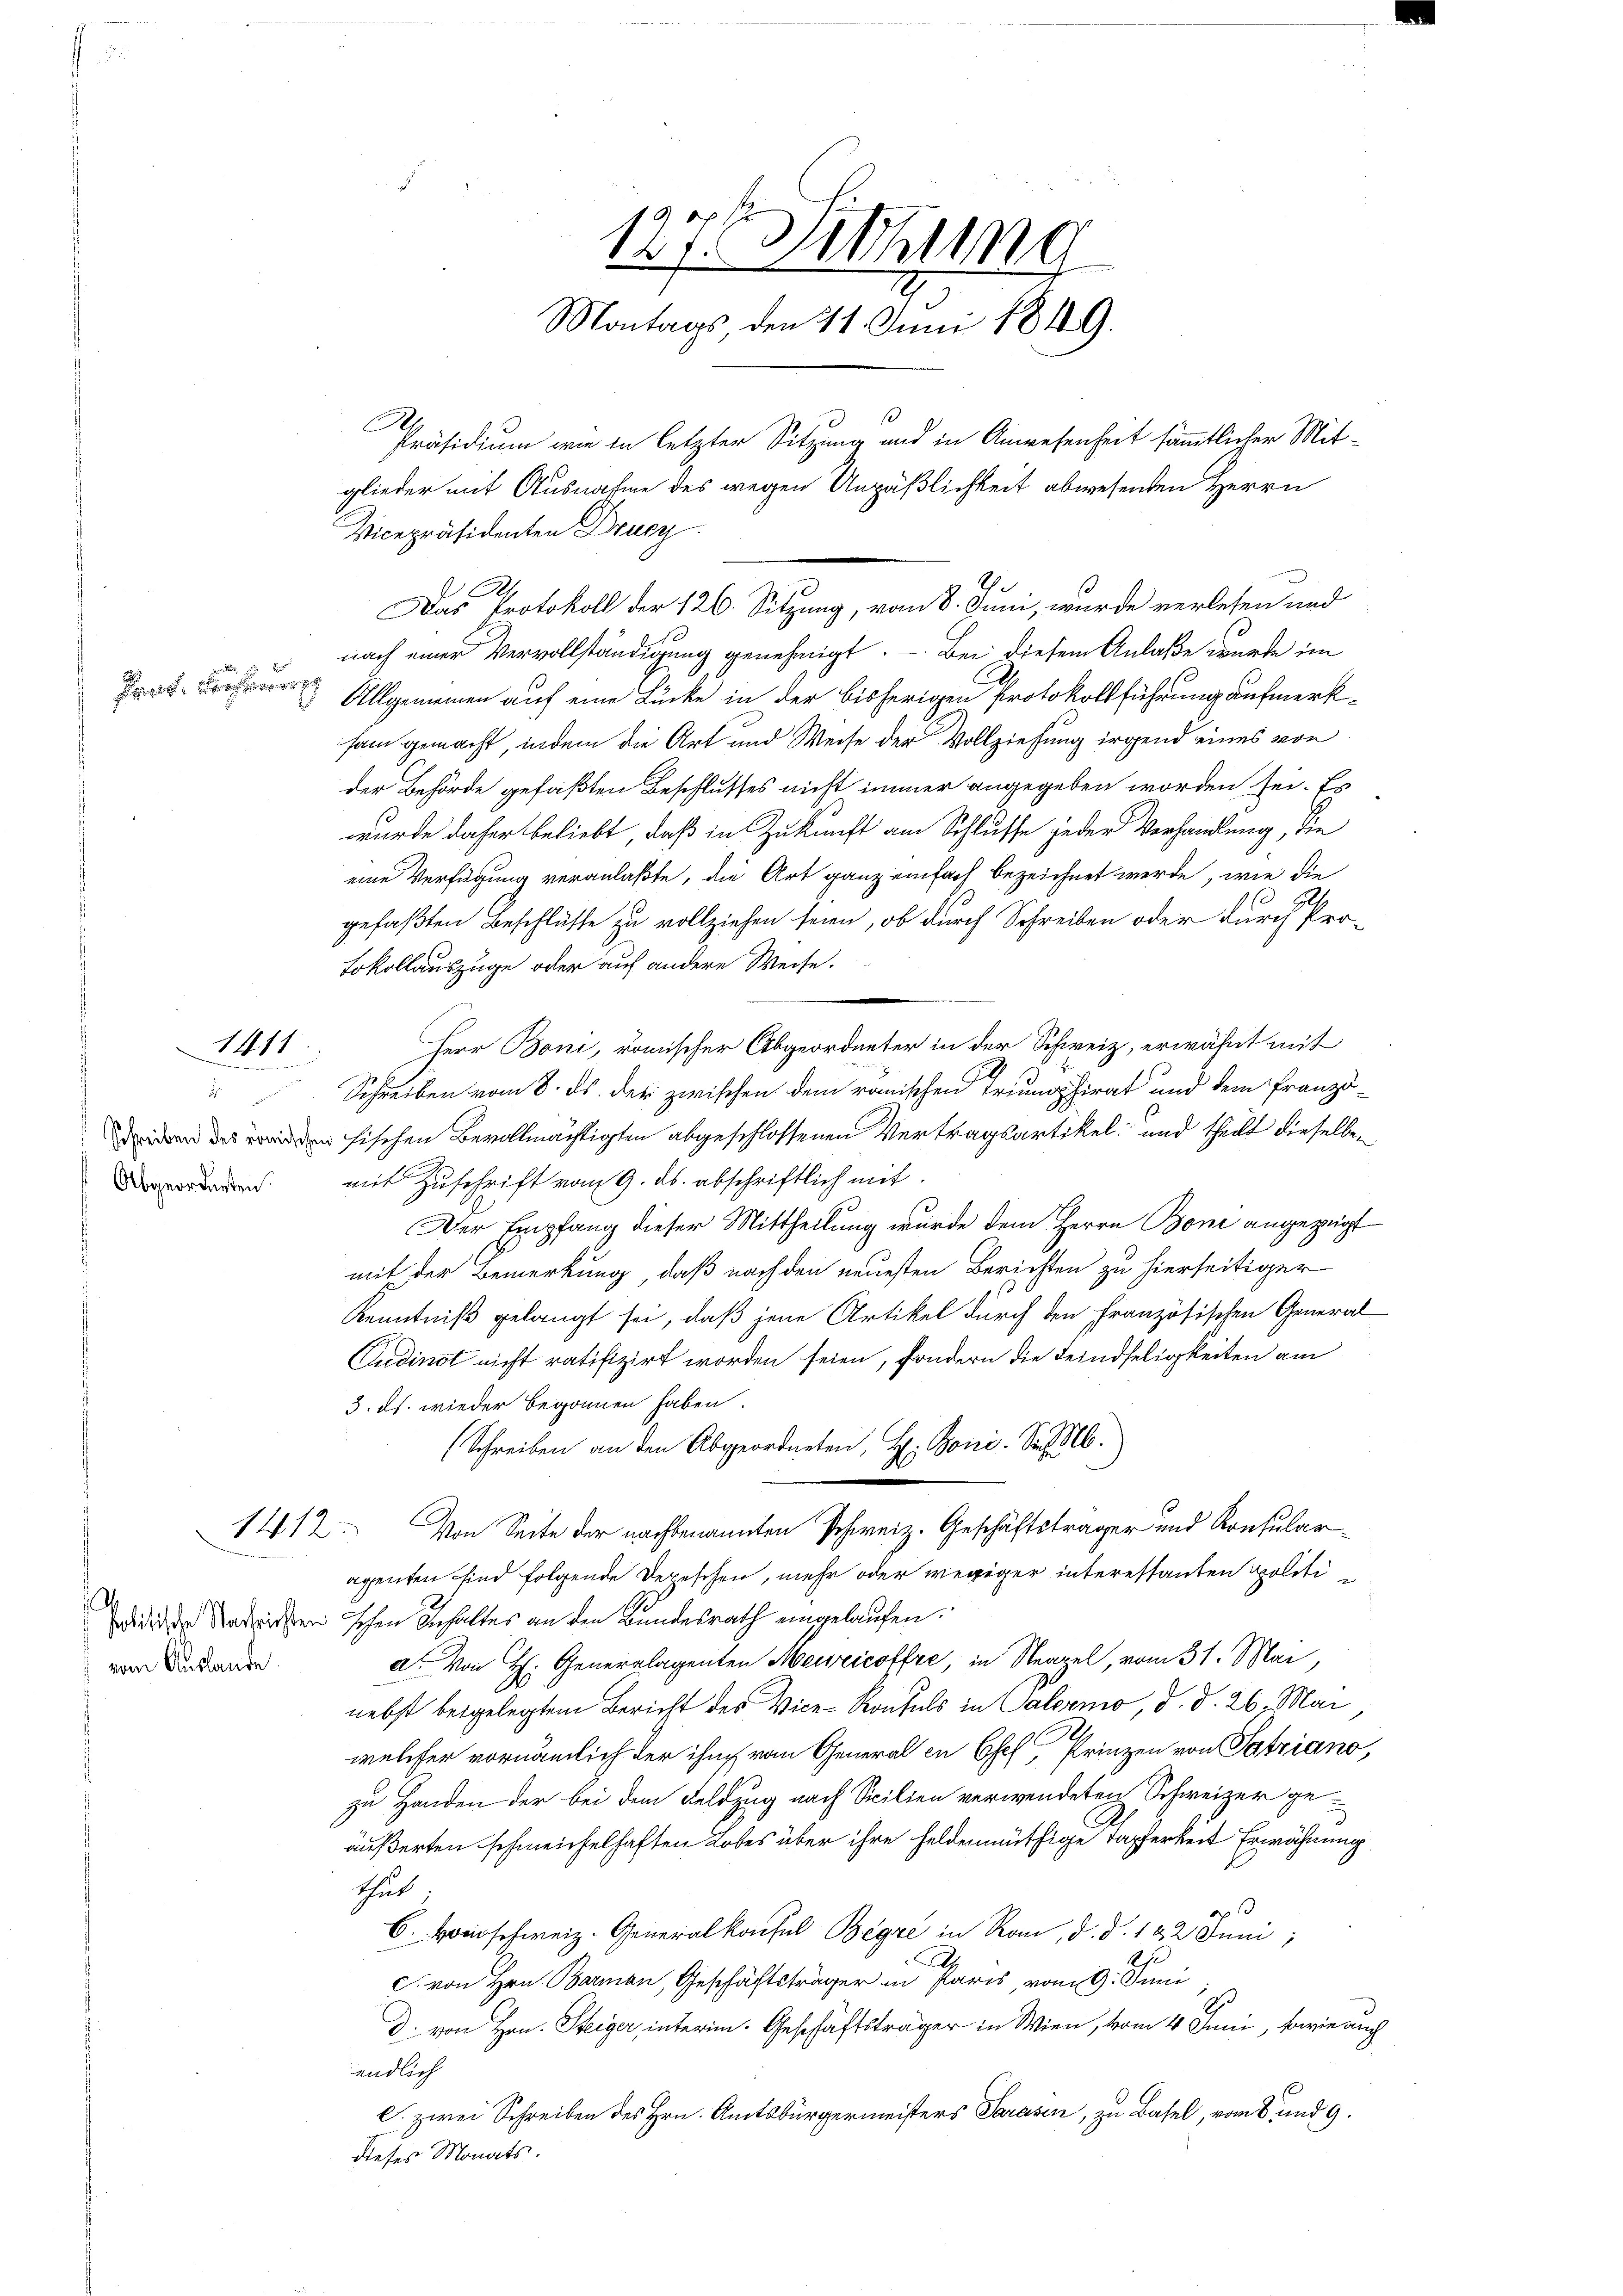
3

Pag. Der

1411

.
Schreiben des römischen
Abgeordneten.

1412

vom Auslande

nach einer Vervollständigung genehmigt. — Bei diesem Anlaße wurde im
Allgemeinen auf eine Lücke in der bisherigen Protokollführung aufmerksam gemacht, indem die Art und Weise der Vollziehung irgend eines von
der Behörde gefaßten Beschlusses nicht immer angegeben worden sei. Es
wurde daher beliebt, daß in Zukunft am Schlusse jeder Verhandlung, die
eine Verfügung veranlaßte, die Art ganz einfach bezeichnet werde, wie die
u
gefaßten Beschlüsse zu vollziehen seien, ob durch Schreiben oder durch Pro-
Lokollauszuge oder auf andere Weise.
Herr Boni, römischer Abgeordneter in der Schweiz, erwähnt mit
Schreiben vom 8. ds. der zwischen dem römischen Triumphirat und dem Franzöfischen Bevollmächtigten abgeschlossenen Vertragsartikel; und theilt dieselben
mit Zuschrift vom 9. ds. abschriftlich mit
Der Empfang dieser Mittheilung wurde dem Herrn Boni angezeigt
mit der Bemerkung, daß nach den neuesten Berichten zu hierseitiger
Kenntniß gelangt sei, daß jene Artikel durch den Französischen General-
Cudinst nicht ratifizirt worden seien, sondern die Feindseligkeiten am
3. ds. wieder begonnen haben.
(Schreiben an den Abgeordneten, H. Boni. Sie b
Von Seite der nachbenannten Schweiz. Geschäftsträger und Konsularagenten sind folgende Depeschen, mehr oder wegiger interessanten Spoliti
died der Verdrissen schen behaltes an den Bundesrath eingelaufen.
a. Von H: Generalagenten Meiricoffe, in Neapel, vom 31. Mai,
nebst beigelegtem Bericht des Vice-Konsuls in Calermo, d. d. 26. Mai
welcher vornämlich der ihm von General in Chef, Prinzen von Satziano,
zu Handen der bei dem Feldzug nach Sicilien verwendeten Schweizer geäußerten schmeichelhaften Lobes über ihre Feldenmüthige Tapferkeit Erwähnung
thut;
6. Beschweiz. Generalkonfel Begre in Ron, d. d. 122. Juni,
c. von Hrn. Baron, Geschäftsträger in Paris, vom 9. Juni
d. von Hrn. Steiger, interim. Geschäftsträger in Wien, vom 4. Juni, sowie auch
endlich
C. zwei Schreiben des Hrn. Amtsbürgermeisters Sarasen, zu Basel, vom 8. und 9.
dieses Monats.

A

1276 Sitzung
Montags den 11. Juni 1849.
Präsidium wie in letzter Sitzung und in Anwesenheit sämmtlicher Mitglieder mit Ausnahme des wegen Unpäßlichkeit abwesenden Herrn
Vicepräsidenten Drucz

Das Protokoll der 126. Sitzung, vom 8. Juni, wurde verlesen und